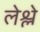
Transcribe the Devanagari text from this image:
लेश्ले